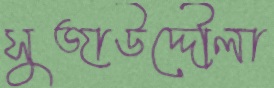
সুজাউদ্দৌলা